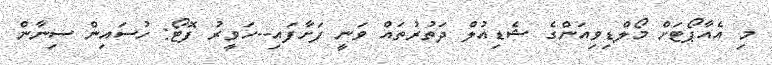
މި އެއާޕޯޓަށް މޯލްޑިވިއަންގެ ޝެޑިއުލް ދަތުރުތައް ވަނީ ފަށާފައި--ހަވީރު ފޮޓޯ: ހުސައިން ސިނާން